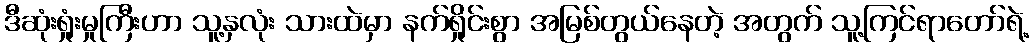
ဒီဆုံးရှုံးမှုကြီးဟာ သူ့နှလုံး သားထဲမှာ နက်ရှိုင်းစွာ အမြစ်တွယ်နေတဲ့ အတွက် သူ့ကြင်ရာတော်ရဲ့